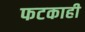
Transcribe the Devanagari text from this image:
फटकाही